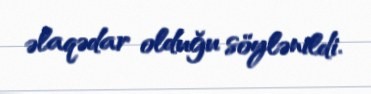
əlaqədar olduğu söylənildi.